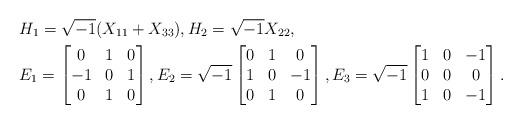
LaTeX: \begin{align*} &H_1=\sqrt{-1}(X_{11}+X_{33}),H_2=\sqrt{-1}X_{22},\\ &E_1=\begin{bmatrix} 0 & 1 & 0\\ -1 & 0 & 1\\ 0 & 1 & 0\end{bmatrix},E_2=\sqrt{-1} \begin{bmatrix}0 & 1 & 0\\ 1 & 0 & -1 \\ 0 & 1 & 0\end{bmatrix},E_3=\sqrt{-1}\begin{bmatrix}1 & 0 & -1\\ 0 & 0 & 0\\ 1 & 0 & -1\end{bmatrix}.\end{align*}